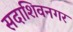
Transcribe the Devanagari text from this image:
सदाशिवनगर